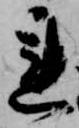
連